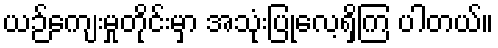
ယဉ်ကျေးမှုတိုင်းမှာ အသုံးပြုလေ့ရှိကြ ပါတယ်။